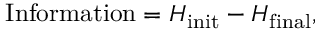
\mathrm { I n f o r m a t i o n } = H _ { \mathrm { i n i t } } - H _ { \mathrm { f i n a l } } ,